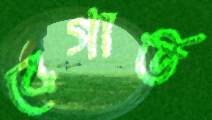
বেগার্ত